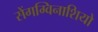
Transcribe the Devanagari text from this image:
सेंगग्विनाशियो